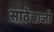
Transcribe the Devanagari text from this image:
साठेबाजी